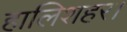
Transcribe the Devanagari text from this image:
हालिशहर।